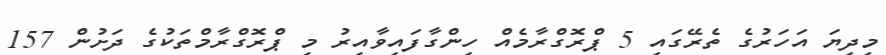
މިދިޔަ އަހަރުގެ ތެރޭގައި 5 ޕްރޮގްރާމެއް ހިންގާފައިވާއިރު މި ޕްރޮގްރާމްތަކުގެ ދަށުން 157